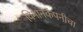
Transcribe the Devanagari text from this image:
विमानकंपनीचा